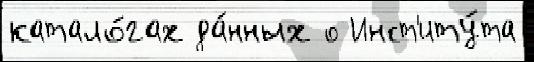
катало́гах да́нных о Инст'иту́та